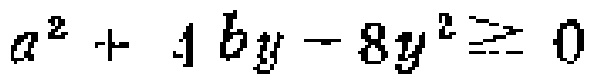
$a^{2}+4by - 8y^{2}\geq0$